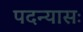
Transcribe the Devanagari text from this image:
पदन्यासः